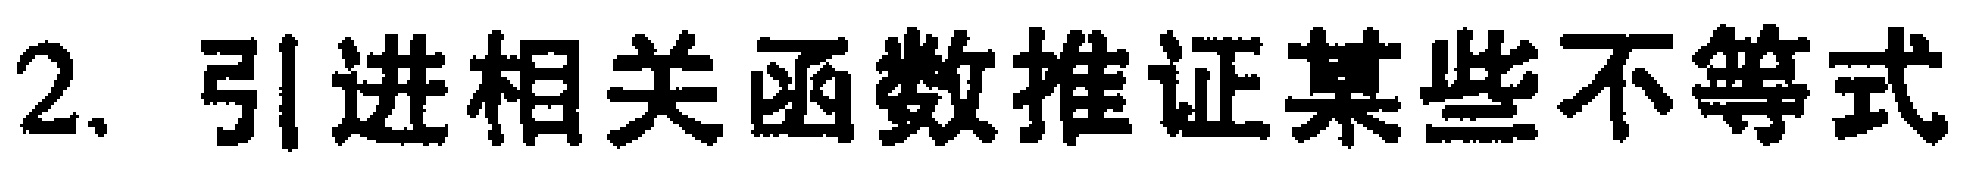
2. 引进相关函数推证某些不等式